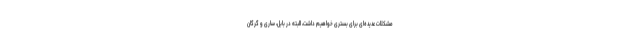
مشکلات عدیده‌ای برای بستری خواهیم داشت، البته در بابل، ساری و گرگان